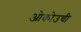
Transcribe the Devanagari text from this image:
ओकोउची